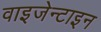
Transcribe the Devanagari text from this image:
वाइजेन्टाइन